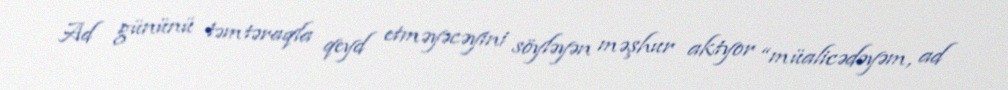
Ad gününü təmtəraqla qeyd etməyəcəyini söyləyən məşhur aktyor “müalicədəyəm, ad